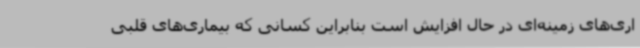
اری‌های زمینه‌ای در حال افزایش است بنابراین کسانی که بیماری‌های قلبی